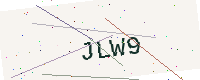
Text: JLW9